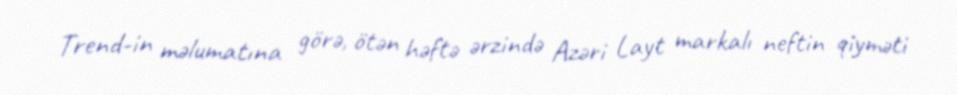
Trend-in məlumatına görə, ötən həftə ərzində Azəri Layt markalı neftin qiyməti